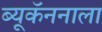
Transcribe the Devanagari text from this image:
ब्यूकॅननाला